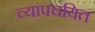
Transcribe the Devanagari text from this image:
च्यापचयित